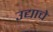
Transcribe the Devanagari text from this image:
उद्याचे